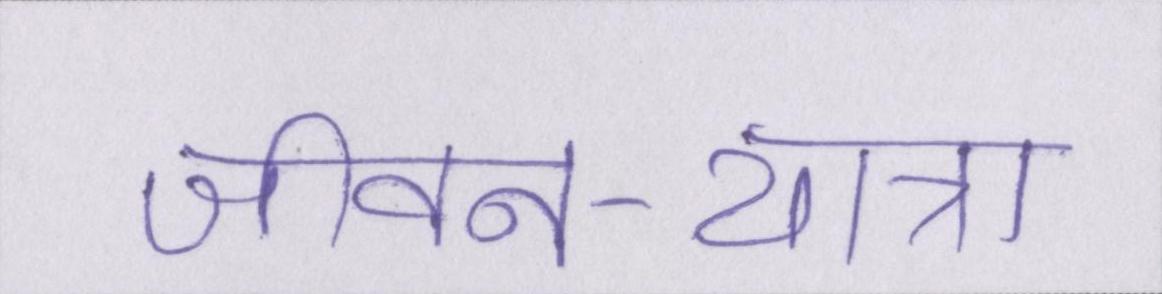
जीवन-यात्रा